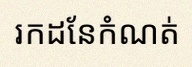
រកដែនកំណត់